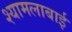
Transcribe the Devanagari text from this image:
श्यामलाबाई